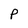
Character: P